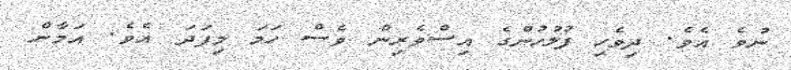
ނުވެ އެވެ. ދިވެހި ފުލުހުންގެ އިސްވެރިން ވެސް ހަމަ މިފަދަ އެވެ. އަމާން